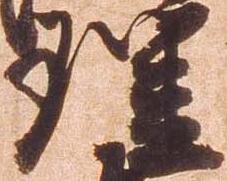
理